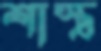
শাস্ত্র